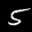
Label: 5